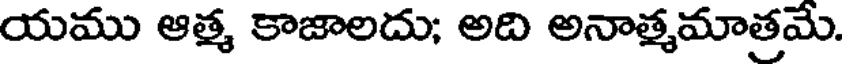
యము ఆత్మ కాజాలదు; అది అనాత్మమాత్రమే.